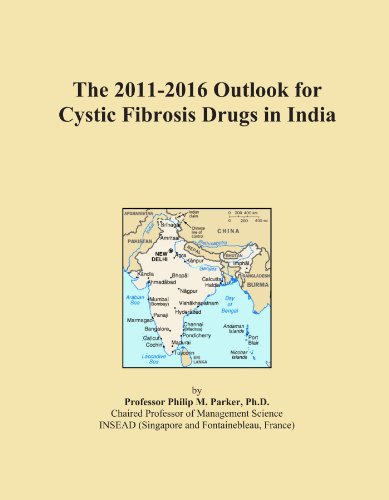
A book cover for The 2011-2016 Outlook for Cystic Fibrosis Drugs in India; Icon Group International; Health, Fitness & Dieting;